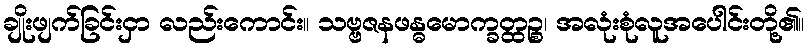
ချိုးဖျက်ခြင်းငှာ လည်းကောင်း။ သဗ္ဗဇနဖန္ဓမောက္ခတ္ထဉ္စ၊ အလုံးစုံလူအပေါင်းတို့၏။